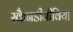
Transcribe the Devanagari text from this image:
स्कैनडीनीविया